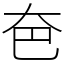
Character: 夿